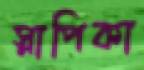
স্নাপিকা